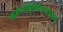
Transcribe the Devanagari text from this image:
करुणामृतसंगमधारा